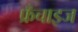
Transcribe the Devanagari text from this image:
फ्रँचाइज